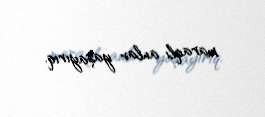
maraqlı anlar yaşayırıq.